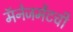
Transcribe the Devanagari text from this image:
मॅनेजमेंटची